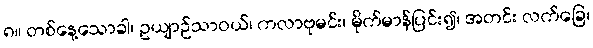
၈။ တစ်နေ့သောခါ၊ ဥယျာဉ်သာဝယ်၊ ကလာဗုမင်း၊ မိုက်မာန်ပြင်း၍၊ အတင်း လက်ခြေ၊